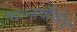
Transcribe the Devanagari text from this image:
घटनावैचित्य